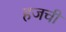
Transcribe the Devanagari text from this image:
हजची